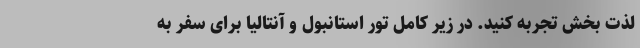
لذت بخش تجربه کنید. در زیر کامل تور استانبول و آنتالیا برای سفر به